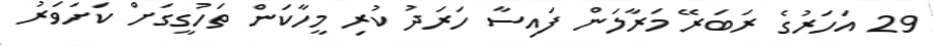
29 އަހަރުގެ ރަބަރޭ މަރާލަން ފައިސާ ހަރަދު ކުރި މީހާކަން ތަހުގީގަށް ކަށަވަރު